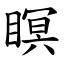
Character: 瞑